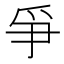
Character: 爭